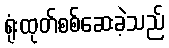
ရုံးထုတ်စစ်ဆေးခဲ့သည်